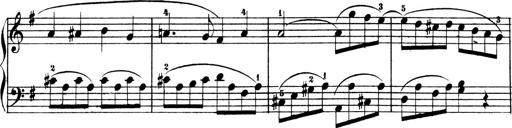
Title: 3 Sonatinen
Composer: Heinrich Lichner